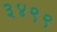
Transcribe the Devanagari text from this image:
३४९९